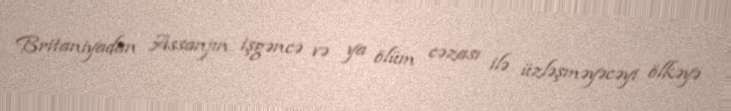
Britaniyadan Assanjın işgəncə və ya ölüm cəzası ilə üzləşməyəcəyi ölkəyə